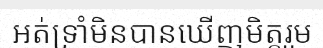
អត់ទ្រាំមិនបានឃើញមិត្តរួម